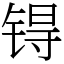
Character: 锝